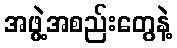
အဖွဲ့အစည်းတွေနဲ့